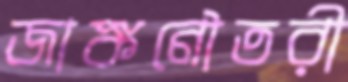
জাঙ্কনৌতরী